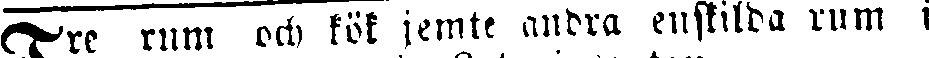
Tre rum och kök jemte andra enskilda rum i